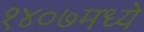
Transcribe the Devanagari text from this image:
१४०७मध्ये